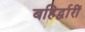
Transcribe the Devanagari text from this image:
बहिर्द्वारीं